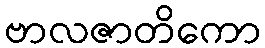
ဗာလဇာတိကော